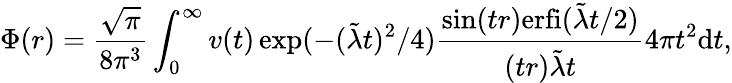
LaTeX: \Phi(r)=\frac{\sqrt{\pi}}{8\pi^{3}}\int_{0}^{\infty}v(t)\exp(-(\tilde{\lambda}t)^{2}/4)\frac{\sin(tr)\mathrm{erfi}(\tilde{\lambda}t/2)}{(tr)\tilde{\lambda}t}4\pi t^{2}\mathrm{d}t,